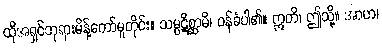
ထိုအရှင်ဘုရားမိန့်တော်မူတိုင်း။ သမ္ပဋိစ္ဆာမိ၊ ဝန်ခံပါ၏။ ဣတိ၊ ဤသို့။ အာဟ၊